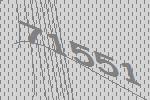
71551